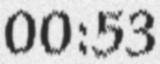
00:53